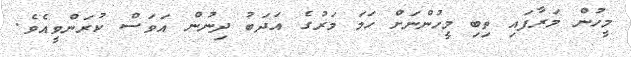
މީހުން މަރާފައި ތިބި މީހުންނަށް ހަމަ މަރުގެ އަދަބު ދިނުން އަވަސް ކުރަންވީއެވެ.